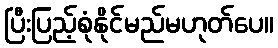
ပြီးပြည့်စုံနိုင်မည်မဟုတ်ပေ။